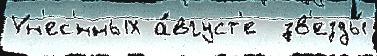
Ун'ес'́нных а́вгуст'е  зв'езды́